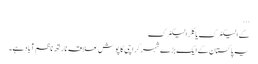
...
کے الیکٹرک یا کِلر الیکٹرک
یہ پاکستان کے ایک بڑے شہر کراچی کا پوش علاقہ نارتھ ناظم آباد ہے۔